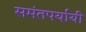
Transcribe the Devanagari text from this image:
समंतपर्यायी